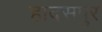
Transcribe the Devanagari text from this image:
हादसपुर